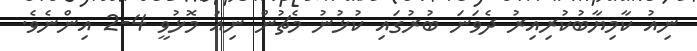
ނިއު ކާމިޔާބުކުރިއިރު ދެވަނަ ބުރުގައި ކުޅުނު މެޗުން ނިއު މޮޅުވީ 4-2 އިންނެވެ.